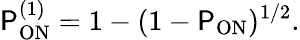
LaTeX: \mathsf{P}_{\mathrm{{ON}}}^{(1)}=1-(1-\mathsf{P}_{\mathrm{{ON}}})^{1/2}.